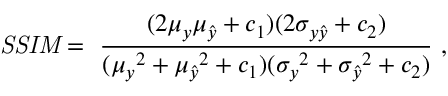
\mathit { S S I M } = \ \frac { ( 2 \mu _ { y } \mu _ { \hat { y } } + c _ { 1 } ) ( 2 \sigma _ { y \hat { y } } + c _ { 2 } ) } { ( { \mu _ { y } } ^ { 2 } + { \mu _ { \hat { y } } } ^ { 2 } + c _ { 1 } ) ( { \sigma _ { y } } ^ { 2 } + { \sigma _ { \hat { y } } } ^ { 2 } + c _ { 2 } ) } \ ,